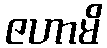
ဇဟာမိ